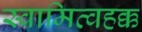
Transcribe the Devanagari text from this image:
स्वामित्वहक्क